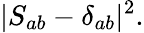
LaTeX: |S_{ab}-\delta_{ab}|^{2}.